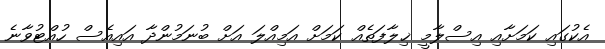
އެކުގައި ކަމަށާއި އިސްލާމީ ޚިލާފަތެއް ކަމަށް އަމިއްލަ އަށް ބުނަމުންދާ އައިއެސް ހުއްޓުވާނެ